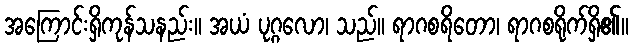
အကြောင်းရှိကုန်သနည်း။ အယံ ပုဂ္ဂလော၊ သည်။ ရာဂစရိတော၊ ရာဂစရိုက်ရှိ၏။